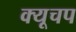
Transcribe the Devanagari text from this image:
क्यूचप